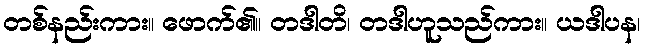
တစ်နည်းကား။ ဖောက်၏။ တဒါတိ၊ တဒါဟူသည်ကား။ ယဒါပန၊